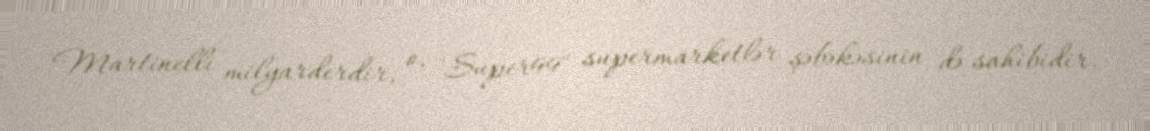
Martinelli milyarderdir, o, "Super99" supermarketlər şəbəkəsinin də sahibidir.